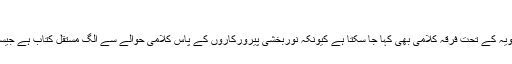
[فقہ احوط ، مقدمہ ، ص ۷]
کلامی مسلک: نوربخشیہ کو ایک زاویہ کے تحت فرقہ کلامی بھی کہا جا سکتا ہے کیونکہ نوربخشی پیرورکاروں کے پاس کلامی حوالے سے الگ مستقل کتاب ہے جیسا کہ اشاعرہ ، معتزلہ اور ماتریدیہ ۔